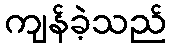
ကျန်ခဲ့သည်